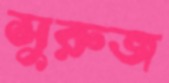
সুরুজ